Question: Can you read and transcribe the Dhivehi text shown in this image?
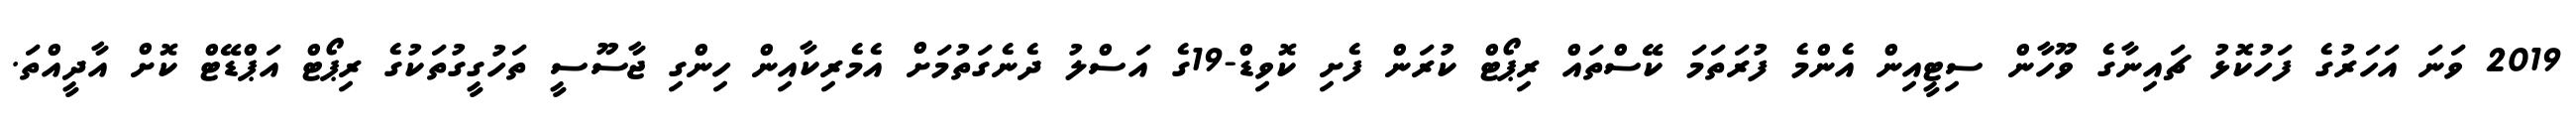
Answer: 2019 ވަނަ އަހަރުގެ ފަހުކޮޅު ޗައިނާގެ ވޫހާން ސިޓީއިން އެންމެ ފުރަތަމަ ކޭސްތައް ރިޕޯޓް ކުރަން ފެށި ކޮވިޑް-19ގެ އަސްލު ދެނެގަތުމަށް އެމެރިކާއިން ހިންގި ޖާސޫސީ ތަހުގީގުތަކުގެ ރިޕޯޓް އަޕްޑޭޓް ކޮށް އާދީއްތަ.